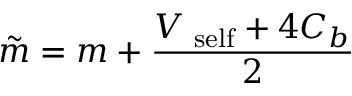
\tilde { m } = m + \frac { V _ { \mathrm { \scriptsize ~ s e l f } } + 4 C _ { b } } { 2 }